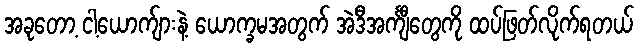
အခုတော့ ငါ့ယောက်ျားနဲ့ ယောက္ခမအတွက် အဲဒီအင်္ကျီတွေကို ထပ်ဖြတ်လိုက်ရတယ်